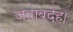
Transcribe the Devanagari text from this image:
जवाबदेह।